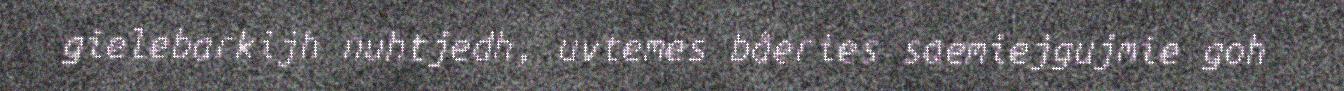
gielebarkijh nuhtjedh, uvtemes båeries saemiejgujmie goh